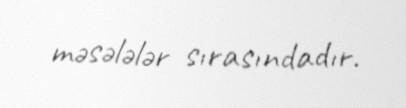
məsələlər sırasındadır.